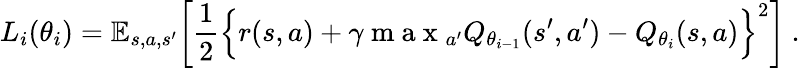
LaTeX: L_{i}(\theta_{i})=\mathbb{E}_{s,a,s^{\prime}}\bigg[\frac{1}{2}\Big\lbrace r(s,a)+\gamma\mathrm{~m~a~x~}_{a^{\prime}}Q_{\theta_{i-1}}(s^{\prime},a^{\prime})-Q_{\theta_{i}}(s,a)\Big\rbrace^{2}\bigg]~.